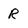
Character: R